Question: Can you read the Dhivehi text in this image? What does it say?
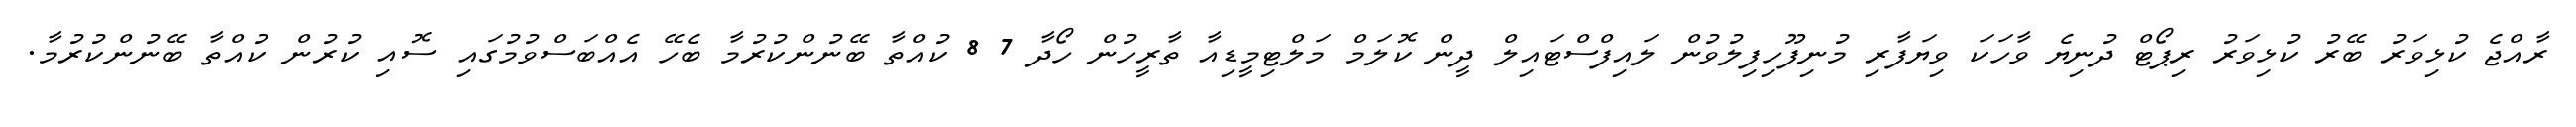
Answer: ރާއްޖެ ކުޅިވަރު ބޭރު ކުޅިވަރު ރިޕޯޓް ދުނިޔެ ވާހަކަ ވިޔަފާރި މުނިފޫހިފިލުވުން ލައިފްސްޓައިލް ދީން ކޮލަމް މަލްޓިމީޑިއާ ތާރީހުން ހޯދާ 7 8 ކުއްތާ ބޭނުންކުރުމާ ބެހޭ އެއްބަސްވުމުގައި ސޮއި ކުރުން ކުއްތާ ބޭނުންކުރުމާ.